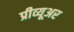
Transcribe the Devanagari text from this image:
प्रीव्यूअर